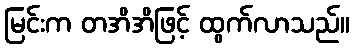
မြင်းက တအိအိဖြင့် ထွက်လာသည်။